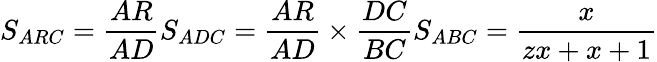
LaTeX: S_{ARC}={\frac{AR}{AD}}S_{ADC}={\frac{AR}{AD}}\times{\frac{DC}{BC}}S_{ABC}={\frac{x}{zx+x+1}}